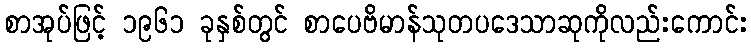
စာအုပ်ဖြင့် ၁၉၆၁ ခုနှစ်တွင် စာပေဗိမာန်သုတပဒေသာဆုကိုလည်းကောင်း